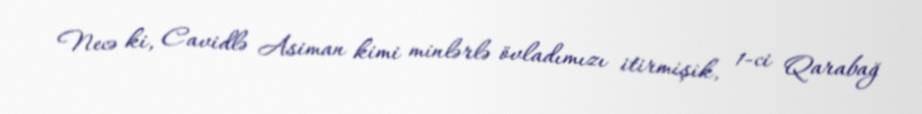
Necə ki, Cavidlə Asiman kimi minlərlə övladımızı itirmişik, 1-ci Qarabağ